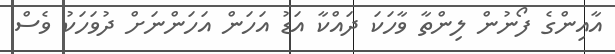
އާއިންގެ ފޯނުން ލިންތާ ވާހަކަ ދައްކާ އަޑު އަހަން އަހަންނަށް ދުވަހަކު ވެސް